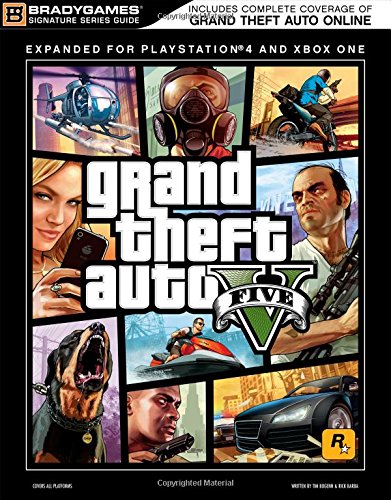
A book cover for Grand Theft Auto V Signature Series Strategy Guide: Updated and Expanded (Bradygames Signature Series); BradyGames; Science Fiction & Fantasy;